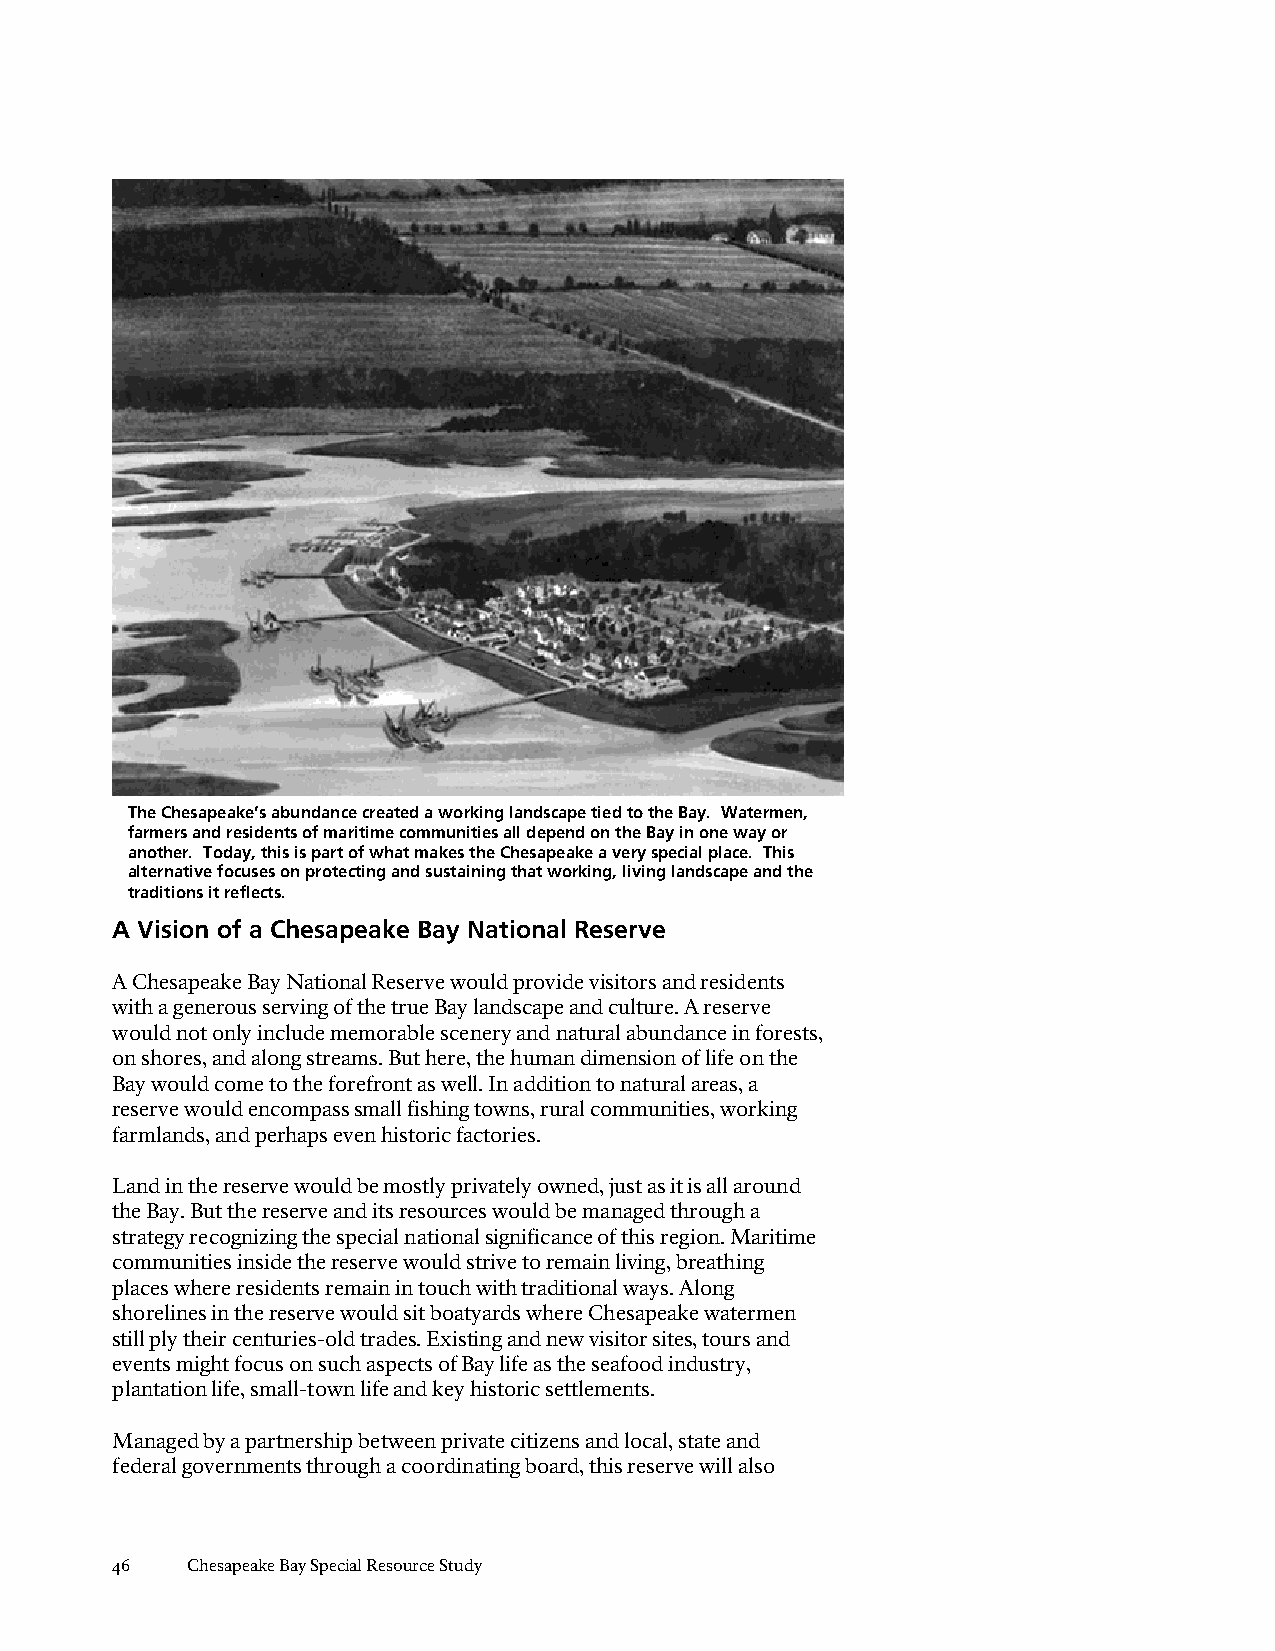
The Chesapeake’s abundance created a working landscape tied to the Bay. Watermen,
 farmers and residents of maritime communities all depend on the Bay in one way or
 another. Today, this is part of what makes the Chesapeake a very special place. This
 alternative focuses on protecting and sustaining that working, living landscape and the
 traditions it reflects.
 A Vision of a Chesapeake Bay National Reserve
 A Chesapeake Bay National Reserve would provide visitors and residents
 with a generous serving of the true Bay landscape and culture. A reserve
 would not only include memorable scenery and natural abundance in forests,
 on shores, and along streams. But here, the human dimension of life on the
 Bay would come to the forefront as well. In addition to natural areas, a
 reserve would encompass small fishing towns, rural communities, working
 farmlands, and perhaps even historic factories.
 Land in the reserve would be mostly privately owned, just as it is all around
 the Bay. But the reserve and its resources would be managed through a
 strategy recognizing the special national significance of this region. Maritime
 communities inside the reserve would strive to remain living, breathing
 places where residents remain in touch with traditional ways. Along
 shorelines in the reserve would sit boatyards where Chesapeake watermen
 still ply their centuries-old trades. Existing and new visitor sites, tours and
 events might focus on such aspects of Bay life as the seafood industry,
 plantation life, small-town life and key historic settlements.
 Managed by a partnership between private citizens and local, state and
 federal governments through a coordinating board, this reserve will also
 46   Chesapeake Bay Special Resource Study